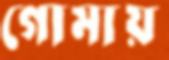
গোমায়